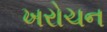
ખરોચન